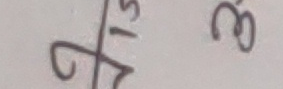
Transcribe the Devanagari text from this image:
२/१५ ३